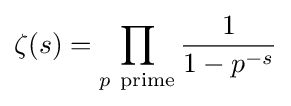
\zeta (s)=\prod _{p\ \mathrm {prime} }{\frac {1}{1-{p^{-s}}}}